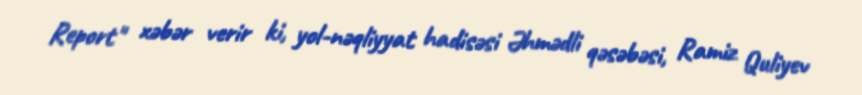
Report" xəbər verir ki, yol-nəqliyyat hadisəsi Əhmədli qəsəbəsi, Ramiz Quliyev